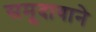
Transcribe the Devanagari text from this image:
समूदायाने